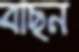
বাছন